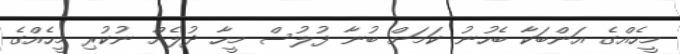
މީހެއްގެ އަންބަކާ ބެހުނު ކަމަށް ބުނާ ފުލުސް މީހާ ދުލެއް ނުކުރި މީހެއްގެ